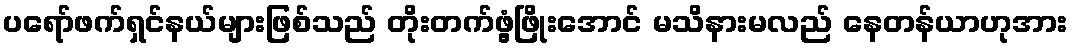
ပရော်ဖက်ရှင်နယ်များဖြစ်သည် တိုးတက်ဖွံ့ဖြိုးအောင် မသိနားမလည် နေတန်ယာဟုအား